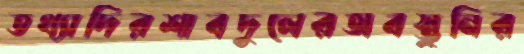
তথ্যাদিরশাবদুলেরঅবস্তুনির